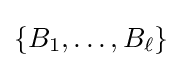
\{B_{1},\ldots ,B_{\ell }\}